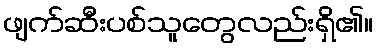
ဖျက်ဆီးပစ်သူတွေလည်းရှိ၏။